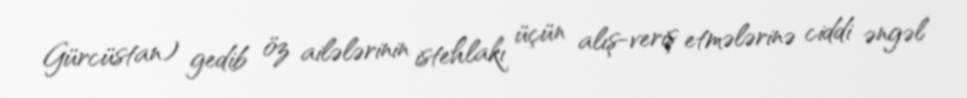
Gürcüstan) gedib öz ailələrinin istehlakı üçün alış-veriş etmələrinə ciddi əngəl